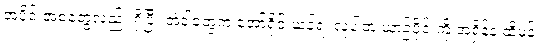
အပိုင်းအစတွေလည်း ရှိပြီး အဲဒါတွေက အော်ရိုင်းယန်ရဲ့ လူပါတဲ့ ယာဉ်ပိုင်းကို အရှိန်နဲ့ ထိမှန်